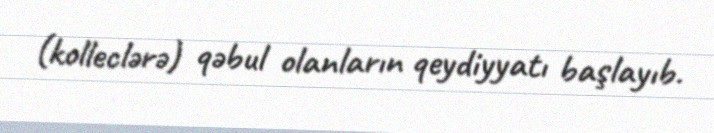
(kolleclərə) qəbul olanların qeydiyyatı başlayıb.